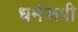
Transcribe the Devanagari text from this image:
धर्मरूपी